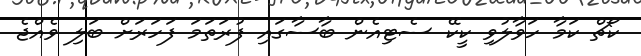
ކޯޗް ކަމާ ހަވާލުވި ކީކޭ ސެޓިއެން ބާސާގައި ފުރަތަމަ ފަހަރަށް ބަލި ވެއްޖެ